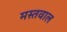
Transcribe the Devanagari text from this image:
मस्तवाल